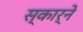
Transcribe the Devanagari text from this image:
स्कार्ने